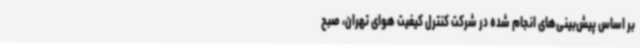
بر اساس پیش‌بینی‌های انجام ‌شده در شرکت کنترل کیفیت هوای تهران، صبح